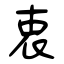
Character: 衷